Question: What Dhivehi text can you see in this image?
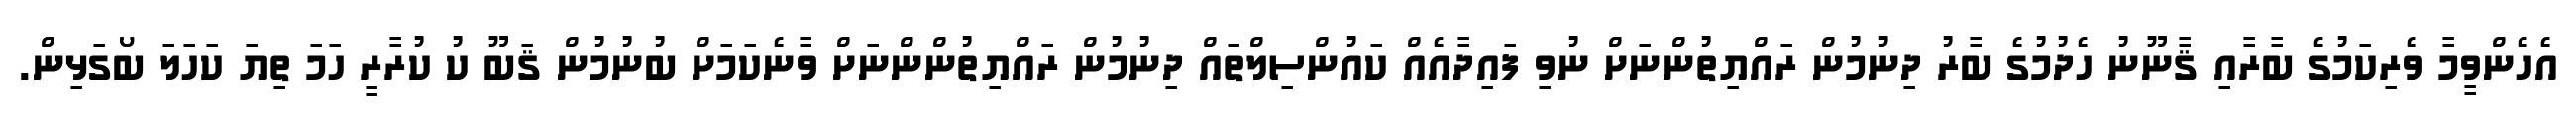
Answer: އެހެންވީމާ ވެރިކަމުގެ ބާރާއި ޤާނޫނު ހެދުމުގެ ބާރު ދިނުމުން ރައްޔިތުންނަށް ނުވި ފައިދާއެއް ކައުންސިލްތައް ދިނުމުން ރައްޔިތުންންނަށް ވާނެކަމަށް ބުނުމުން ޤަބޫ ކު ކުރާރީ ހަމަ ތިޔަ ކަހަލަ ބޯގަޅިން.